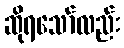
ဆိုရသော်လည်း